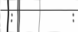
:         :